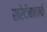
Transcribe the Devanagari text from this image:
खरेदीबाबतची